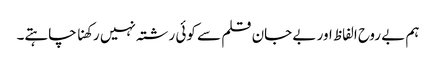
ہم بے روح الفاظ اور بے جان قلم سے کوئی رشتہ نہیں رکھنا چاہتے۔